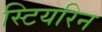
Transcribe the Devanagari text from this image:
स्टियरिन